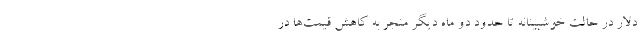
دلار در حالت خوشبینانه تا حدود دو ماه دیگر منجر به کاهش قیمت‌ها در